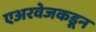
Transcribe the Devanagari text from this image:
एअरवेजकडून